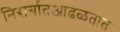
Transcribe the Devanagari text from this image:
निसर्गातआढळतात